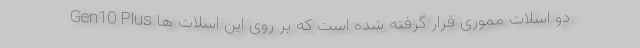
Gen10 Plus دو اسلات مموری قرار گرفته شده است که بر روی این اسلات ها